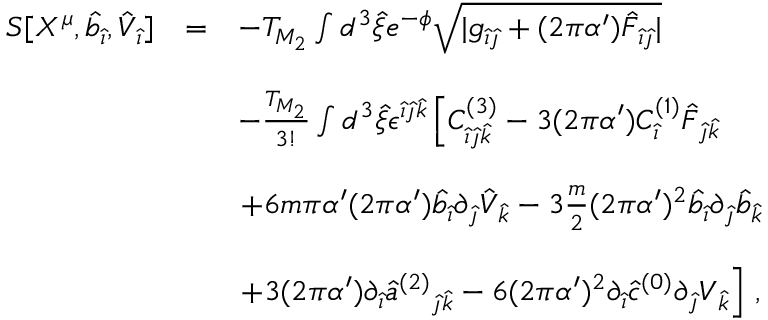
\begin{array} { r c l } { { S [ X ^ { \mu } , { \hat { b } } _ { \hat { \imath } } , { \hat { V } } _ { \hat { \imath } } ] } } & { { = } } & { { - T _ { M _ { 2 } } \int d ^ { 3 } { \hat { \xi } } e ^ { - \phi } \sqrt { | g _ { \hat { \imath } \hat { \jmath } } + ( 2 \pi \alpha ^ { \prime } ) { \hat { \cal F } } _ { \hat { \imath } \hat { \jmath } } | } } } \\ { { } } & { { } } & { { } } \\ { { } } & { { } } & { { - \frac { T _ { M _ { 2 } } } { 3 ! } \int d ^ { 3 } \hat { \xi } \epsilon ^ { \hat { \imath } \hat { \jmath } \hat { k } } \left[ C _ { \hat { \imath } \hat { \jmath } \hat { k } } ^ { ( 3 ) } - 3 ( 2 \pi \alpha ^ { \prime } ) C _ { \hat { \imath } } ^ { ( 1 ) } \hat { \cal F } _ { \hat { \jmath } \hat { k } } \right. } } \\ { { } } & { { } } & { { } } \\ { { } } & { { } } & { { \left. + 6 m \pi \alpha ^ { \prime } ( 2 \pi \alpha ^ { \prime } ) { \hat { b } } _ { \hat { \imath } } \partial _ { \hat { \jmath } } { \hat { V } } _ { \hat { k } } - 3 \frac { m } { 2 } ( 2 \pi \alpha ^ { \prime } ) ^ { 2 } { \hat { b } } _ { \hat { \imath } } \partial _ { \hat { \jmath } } { \hat { b } } _ { \hat { k } } \right. } } \\ { { } } & { { } } & { { } } \\ { { } } & { { } } & { { \left. + 3 ( 2 \pi \alpha ^ { \prime } ) \partial _ { \hat { \imath } } \hat { a } ^ { ( 2 ) } { } _ { \hat { \jmath } \hat { k } } - 6 ( 2 \pi \alpha ^ { \prime } ) ^ { 2 } \partial _ { \hat { \imath } } { \hat { c } } ^ { ( 0 ) } \partial _ { \hat { \jmath } } V _ { \hat { k } } \right] \, , } } \end{array}